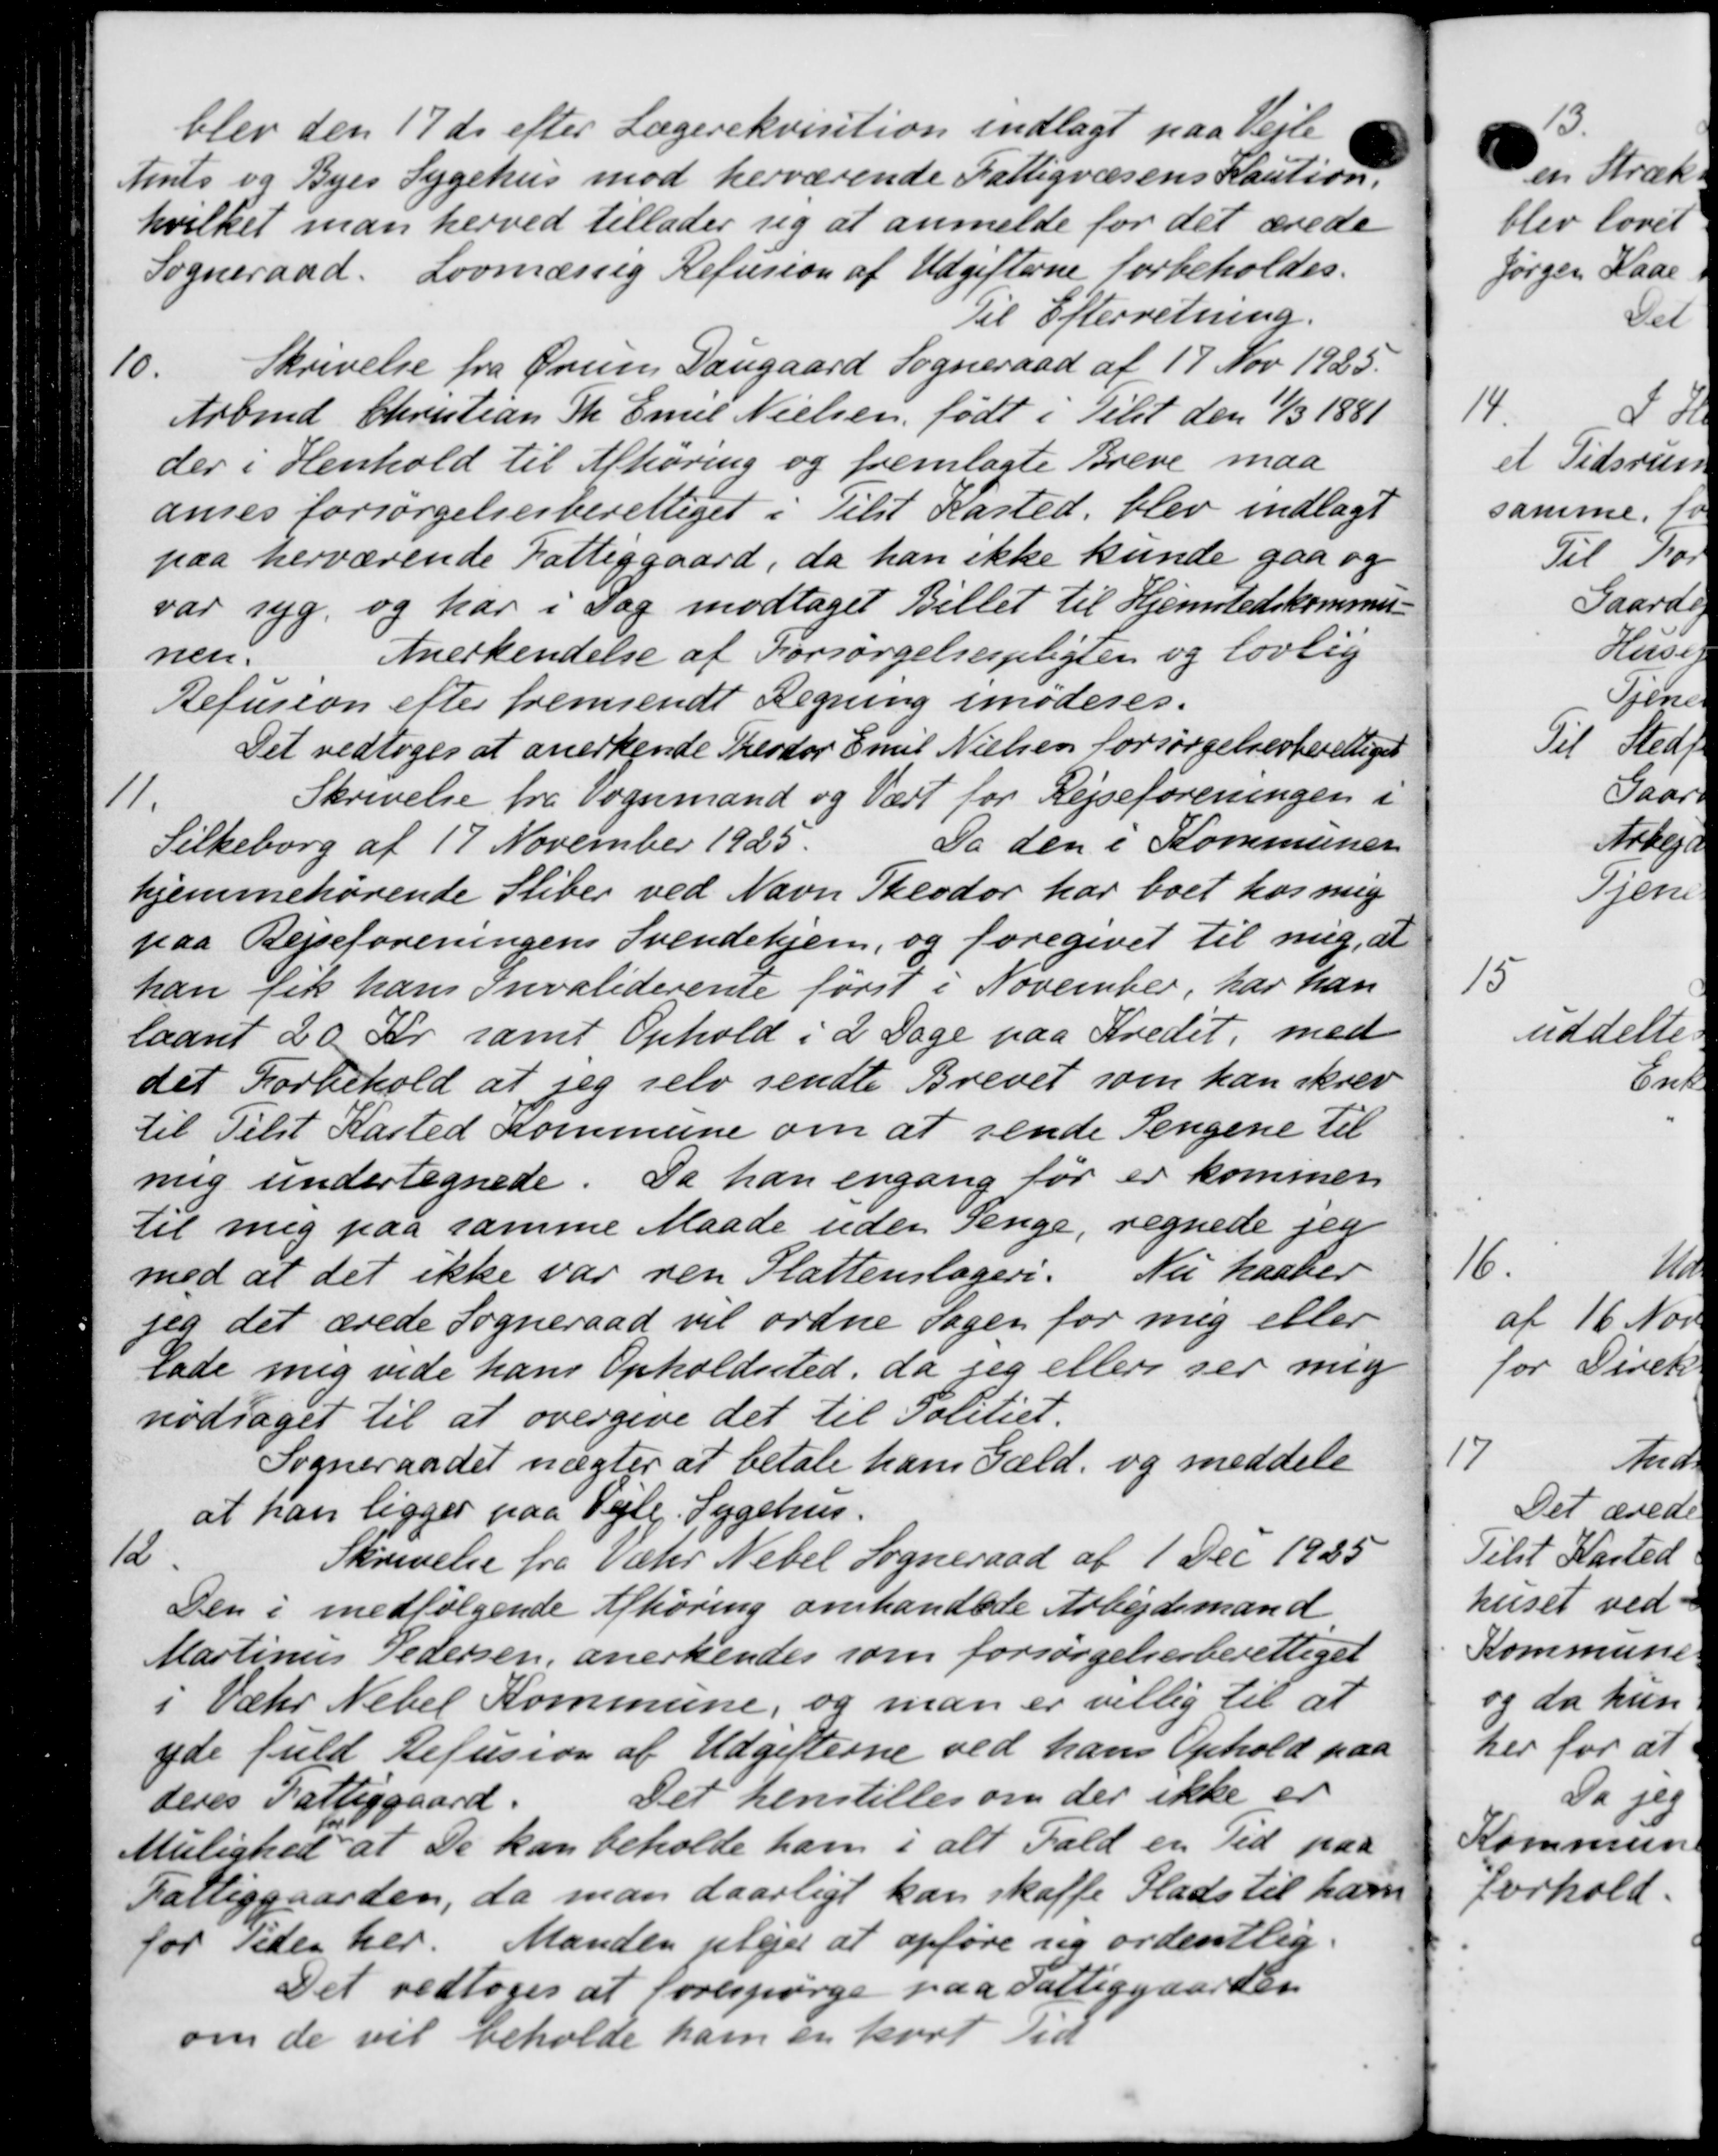
Transskription:
blev den 17 ds efter Lægerekvisition indlagt paa Vejle
Amts og Byes Sygehus mod herværende Fattigvæsens Kaution.
hvilket man herved tillader sig at anmelde for det ærede
Sogneraad. Lovmæssig Refusion af Udgifterne forbeholdes.
Til Efterretning.
10.
Skrivelse fra Ørum Daugaard Sogneraad af 17 Nov 1925.
Arbmd. Christian Th. Emil Nielsen, født i Tilst den 11/3 1881
der i Henhold til Afhøring og fremlagte Breve maa
anses forsørgelsesberettiget i Tilst Kasted, blev indlagt
paa herværende Fattiggaard, da han ikke kunde gaa og
var syg, og har i Dag modtaget Billet til Hjemstedskommu-
nen.
Anerkendelse af Forsørgelsespligten og lovlig
Refusion efter fremsendt Regning imoderes.
Det vedtoges at anerkende Theodor Emil Nielsen forsørgelsesberettiget
11.
Skrivelse fra Vognmand og Vært for Rejseforeningen i
Silkeborg af 17 November 1925.
Da den i Kommunen
hjemmehørende Stiber ved Navn Theodor har boet hos mig
paa Rejseforeningens Svendehjem, og foregivet til mig, at
han fik hans Invaliderente først i November, har han
laant 20 Kr. samt Ophold i 2 Dage paa Kredet, med
det Forbehold at jeg selv sendte Brevet som han skrev
til Tilst Kasted Kommune om at sende Pengene til
mig undertegnede. Da han engang før er kommen
til mig paa samme Maade uden Penge, regnede jeg
med at det ikke var ren Plattenslageri. Nu haaber
jeg det ærede Sogneraad vil ordne Sagen for mig eller
lade mig vide hans Opholdssted, da jeg ellers ser mig
nødsaget til at overgive det til Politiet.
Sogneraadet nægter at betale hans Gæld, og meddele
at han ligger paa Vejle Sygehus.
12
Skrivelse fra Væhr Nebel Sogneraad af 1 Dec. 1925
Den i medfølgende Afhøring omhandlede Arbejdsmand
Martinus Pedersen, anerkendes som forsørgelsesberettiget
i Væhr Nebel Kommune, og man er villig til at
yde fuld Refusion af Udgifterne ved hans Ophold paa
deres Fattiggaard.
Det henstilles om der ikke er
Mulighed at De kan beholde ham i alt Fald en tid paa
for
Mulighed at De kan beholde ham i alt Fald en tid paa
Fattiggaarden, da man daarligt kan skaffe Plads til ham
for Tiden her. Manden plejer at opføre sig ordentlig.
Det vedtoges at forespørge paa Fattiggaarden
om de vil beholde ham en kort Tid